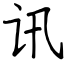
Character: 讯